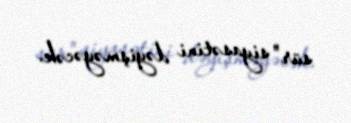
sür" siyasətini dəyişməyəcək.